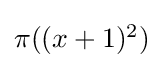
{\textstyle \pi ((x+1)^{2})}